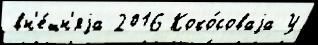
вн'е́шн'яjа 2016 Коко́соваjа У